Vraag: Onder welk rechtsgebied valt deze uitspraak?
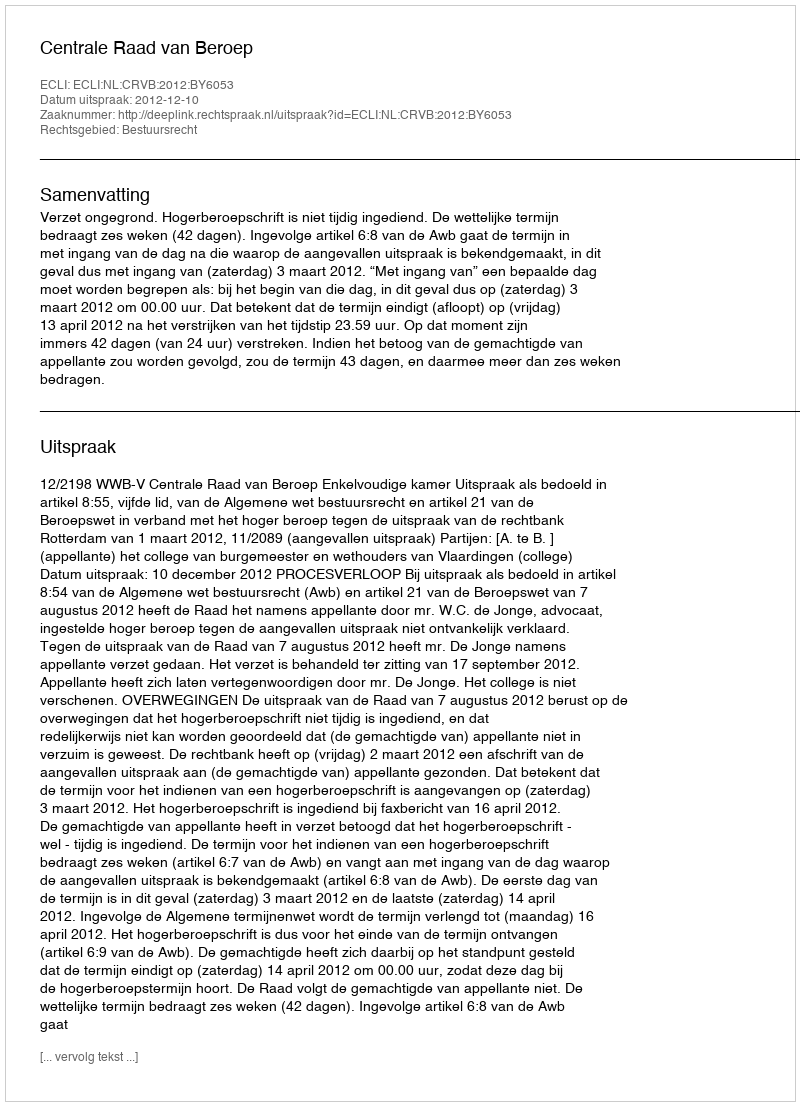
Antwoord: Bestuursrecht